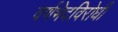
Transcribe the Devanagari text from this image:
वर्णभेदविरोधी